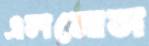
এলমোস